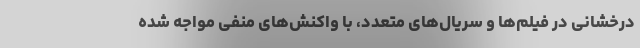
درخشانی در فیلم‌ها و سریال‌های متعدد، با واکنش‌های منفی مواجه شده